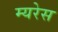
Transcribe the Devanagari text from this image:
म्यरेस